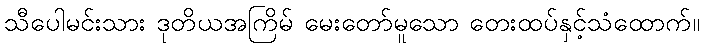
သီပေါမင်းသား ဒုတိယအကြိမ် မေးတော်မူသော တေးထပ်နှင့်သံထောက်။